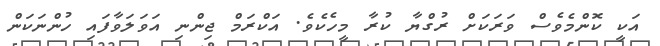
އަކީ ކޮންމެވެސް ވަރަކަށް ރުގްޔާ ކުރާ މީހެކެވެ. އަކްރަމް ޖިންނި އަވަލަވާފައި ހުންނަކަން